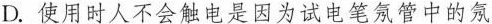
D.使用时人不会触电是因为试电笔氖管中的氖